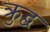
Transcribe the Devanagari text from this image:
क्रुद्व